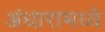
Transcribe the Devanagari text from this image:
अंधारामध्ये